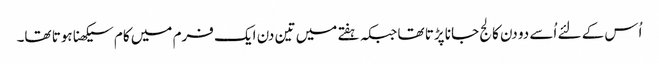
اُس کے لئے اُسے دو دن کالج جانا پڑتا تھا جبکہ ہفتے میں تین دن ایک فرم میں کام سیکھنا ہوتا تھا۔